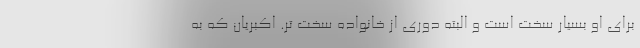
برای او بسیار سخت است و البته دوری از خانواده سخت تر. اکبریان که به